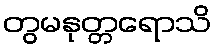
တွမနုတ္တရောသိ